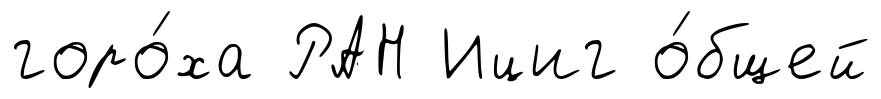
горо́ха РАН Ициг о́бщей